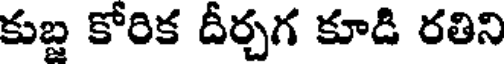
కుబ్జ కోరిక దీర్చగ కూడి రతిని